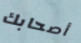
أصحابك